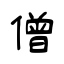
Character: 僧